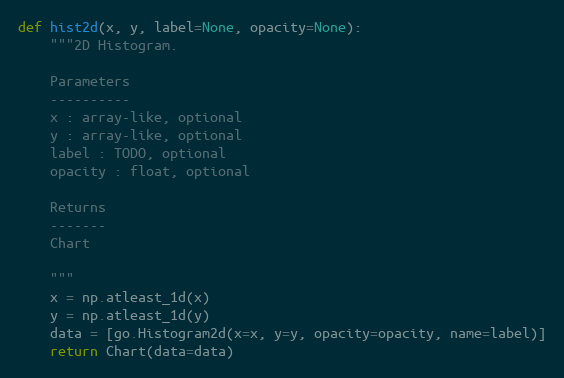
Language: Python
def hist2d(x, y, label=None, opacity=None):
    """2D Histogram.

    Parameters
    ----------
    x : array-like, optional
    y : array-like, optional
    label : TODO, optional
    opacity : float, optional

    Returns
    -------
    Chart

    """
    x = np.atleast_1d(x)
    y = np.atleast_1d(y)
    data = [go.Histogram2d(x=x, y=y, opacity=opacity, name=label)]
    return Chart(data=data)